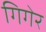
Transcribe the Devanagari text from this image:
गिगेर